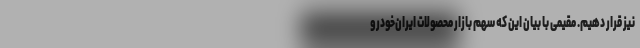
نیز قرار دهیم. مقیمی با بیان این که سهم بازار محصولات ایران‌خودرو